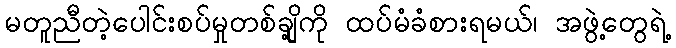
မတူညီတဲ့ပေါင်းစပ်မှုတစ်ချို့ကို ထပ်မံခံစားရမယ်၊ အဖွဲ့တွေရဲ့